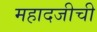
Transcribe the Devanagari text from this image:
महादजीची